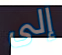
إلى